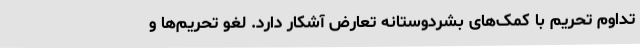
تداوم تحریم با کمک‌های بشردوستانه تعارض آشکار دارد. لغو تحریم‌ها و